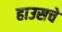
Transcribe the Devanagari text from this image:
हाउसचे